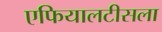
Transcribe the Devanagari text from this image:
एफियालटीसला